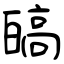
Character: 皜